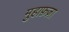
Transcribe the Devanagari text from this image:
मुहाफ़ज़ा